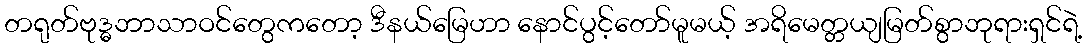
တရုတ်ဗုဒ္ဓဘာသာဝင်တွေကတော့ ဒီနယ်မြေဟာ နောင်ပွင့်တော်မူမယ့် အရိမေတ္တယျမြတ်စွာဘုရားရှင်ရဲ့